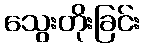
သွေးတိုးခြင်း